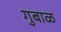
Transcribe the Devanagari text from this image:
गुबाळ